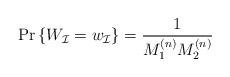
LaTeX: \begin{align*}\Pr\left\{W_\mathcal{I}=w_\mathcal{I}\right\}=\frac{1}{M_1^{(n)}M_2^{(n)}} \end{align*}